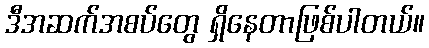
ဒီအဆက်အစပ်တွေ ရှိနေတာဖြစ်ပါတယ်။